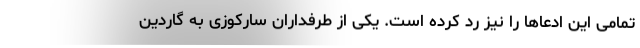
تمامی این ادعاها را نیز رد کرده است. یکی از طرفداران سارکوزی به گاردین